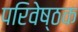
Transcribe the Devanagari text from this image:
परिवेष्ठक